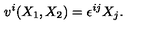
v ^ { i } ( X _ { 1 } , X _ { 2 } ) = \epsilon ^ { i j } X _ { j } .